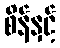
စိန်နှင့်